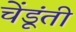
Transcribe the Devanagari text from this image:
चेंडूंती